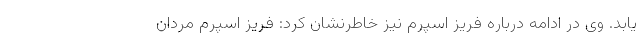
یابد. وی در ادامه درباره فریز اسپرم نیز خاطرنشان کرد: فریز اسپرم مردان